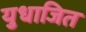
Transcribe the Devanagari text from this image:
युधाजित